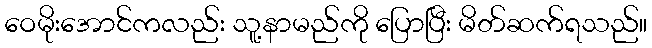
ဝေမိုးအောင်ကလည်း သူ့နာမည်ကို ပြောပြီး မိတ်ဆက်ရသည်။